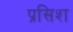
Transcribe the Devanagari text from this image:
प्रसिश